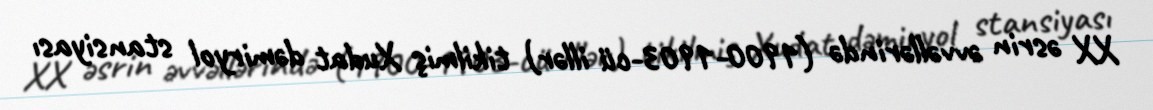
XX əsrin əvvəllərində (1900-1903-cü illər) tikilmiş Xudat dəmiryol stansiyası